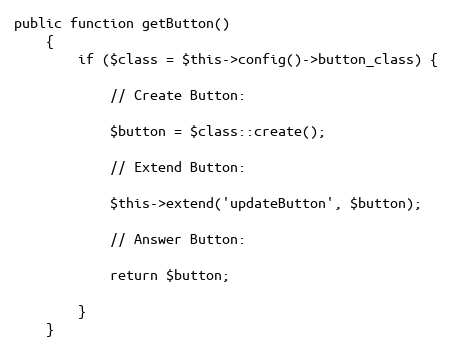
Language: PHP
public function getButton()
    {
        if ($class = $this->config()->button_class) {

            // Create Button:

            $button = $class::create();

            // Extend Button:

            $this->extend('updateButton', $button);

            // Answer Button:

            return $button;

        }
    }